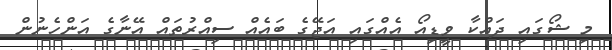
މި ޝޯގައި ދައްކާ ވީޑިއޯ އެއްގައި އަޖޭގެ ބައެއް ސިއްރުތައް އޭނާގެ އަންހެނުން